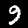
Digit: 9